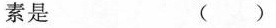
素是 () 图7-1-3